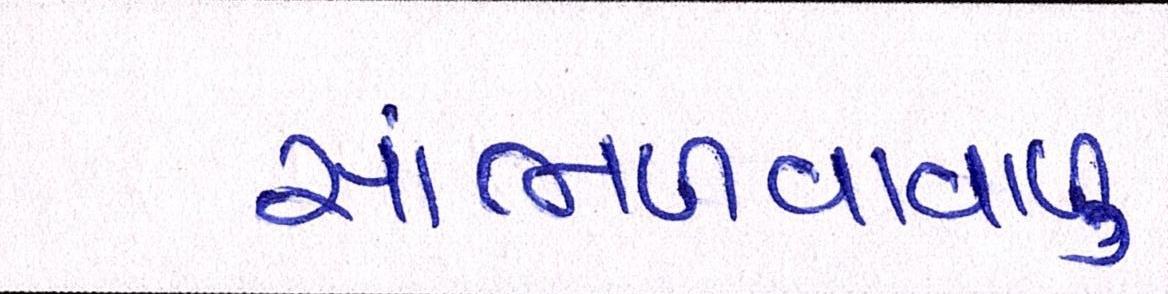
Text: સાંભળવાવાળુ